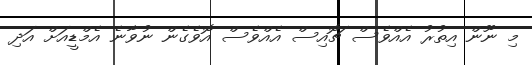
މި ނޫން އިތުރު އެއްވެސް ޗޮއިސް އެއްވެސް އޮވެގެން ނުވާނެ އެމްޑީއަށް އަދި